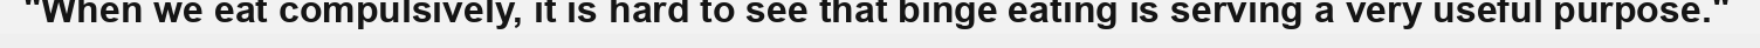
"When we eat compulsively, it is hard to see that binge eating is serving a very useful purpose."